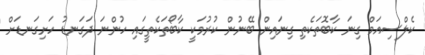
ކެލްސިއަމް ގިނަ ކާބޮތަކެތި ގިނައިން ބޭނުން ކުރުމަކީ ކާބޯތަކެތީގައި ހުންނަ ދަގަނޑު ހަށިގަނޑަށް